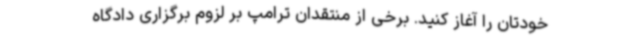
خودتان را آغاز کنید. برخی از منتقدان ترامپ بر لزوم برگزاری دادگاه